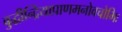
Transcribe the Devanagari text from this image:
बुद्धीन्द्रियाप्राणमनोवचोभिः